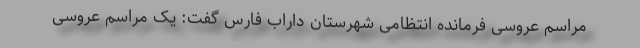
مراسم عروسی فرمانده انتظامی شهرستان داراب فارس گفت: یک مراسم عروسی